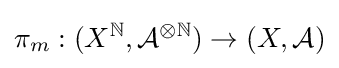
\pi _{m}:(X^{\mathbb {N} },{\mathcal {A}}^{\otimes \mathbb {N} })\to (X,{\mathcal {A}})